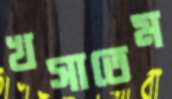
খসাতেম